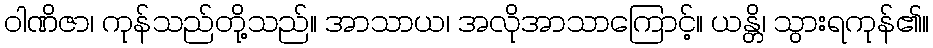
ဝါဏိဇာ၊ ကုန်သည်တို့သည်။ အာသာယ၊ အလိုအာသာကြောင့်။ ယန္တိ၊ သွားရကုန်၏။